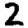
Digit: 2